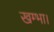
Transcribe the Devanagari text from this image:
खम्भा।